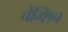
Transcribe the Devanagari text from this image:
चेंग्शिन